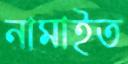
নামাইত